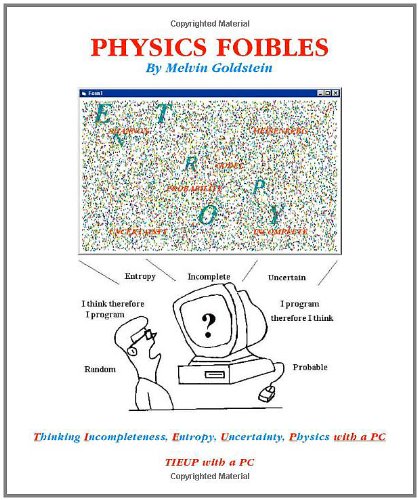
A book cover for Physics Foibles: a book for physics, math and computer science students; Melvin Goldstein; Science & Math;